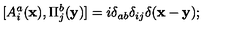
[ A _ { i } ^ { a } ( { \bf x } ) , \Pi _ { j } ^ { b } ( { \bf y } ) ] = i \delta _ { a b } \delta _ { i j } \delta ( { \bf x - y } ) ;